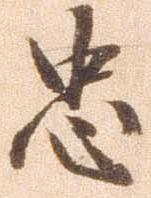
忠